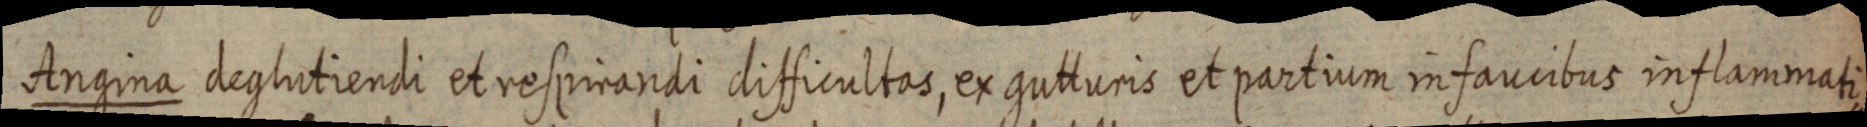
Angina deglutiendi et respirandi difficultas, ex gutturis et partium infaucibus inflammati